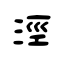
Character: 涇